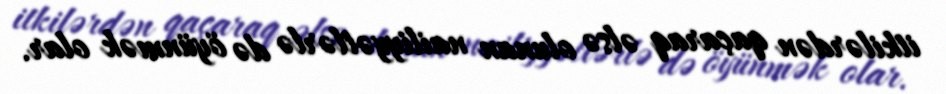
itkilərdən qaçaraq əlsə olunan nailiyyətlərlə də öyünmək olar.